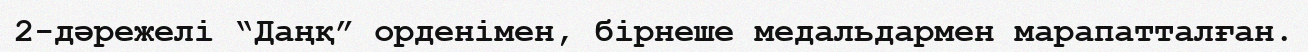
2-дәрежелі “Даңқ” орденімен, бірнеше медальдармен марапатталған.